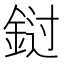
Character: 𰼭